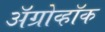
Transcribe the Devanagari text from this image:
अॅग्रोव्हॉक